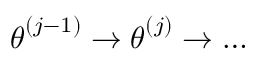
\boldsymbol { \theta } ^ { \left( j - 1 \right) } \to \boldsymbol { \theta } ^ { \left( j \right) } \to \ldots